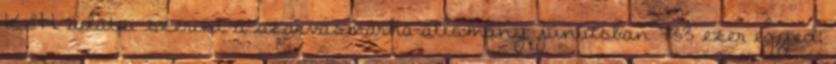
KSH adatai szerint a szarvasmarha-állomány júniusban 733 ezer egyed,